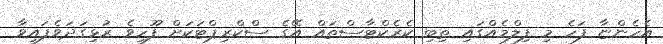
އެހެންޏާ ފަހެ މި ފިލްމެއްގައި ތިބި ކެރެކްޓާސްތައް އޭގެ ސްކްރިޕްޓަކަށް ފޫހިވެ ރުޅިގަދަވެފައިވާ